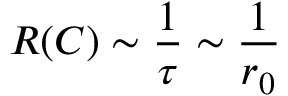
\boldsymbol { R } ( \boldsymbol { C } ) \sim \frac { 1 } { \tau } \sim \frac { 1 } { r _ { 0 } }